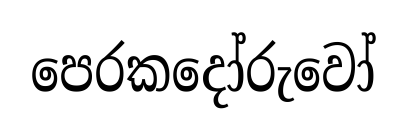
පෙරකදෝරුවෝ